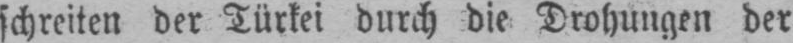
schreiten der Türkei durch die Drohungen der